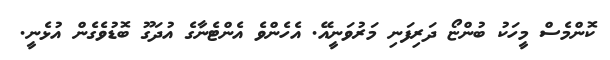
ކޮންމެސް މީހަކު ބުންޏޯ ދަރިފަނި މަރުވަނީއޭ. އެހެންވެ އެންޓެނާގެ އުދަގޫ ބޮޑުވެގެން އުޅެނީ.